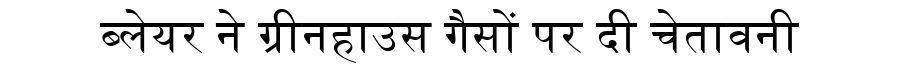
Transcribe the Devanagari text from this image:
ब्लेयर ने ग्रीनहाउस गैसों पर दी चेतावनी